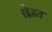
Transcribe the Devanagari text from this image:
छेडत